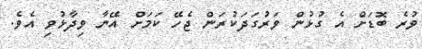
ވުރެ ބޮޑަށް އެ ގުޅުން ވަރުގަދަކުރަން ޖެހޭ ކަމަށް އޭނާ ވިދާޅުވި އެވެ.